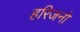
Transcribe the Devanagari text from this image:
हरिजनो